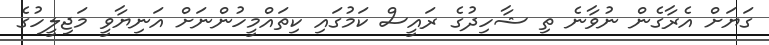
ގަޔަށް އެރާގެން ނުވާނެ ތި ޝާހިދުގެ ރައީސް ކަމުގައި ކިތައްމީހުންނަށް އަނިޔާވީ މަޖިލީހުގެ